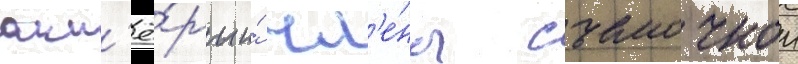
акт'ё́ры и́ чл'е́ны съемочнои